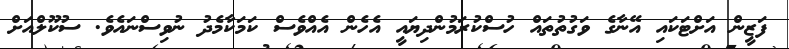
ފަޒީން އަށްޓަކައި އޭނާގެ ވަގުތުތައް ހުސްކުރަމުންދިޔައީ އެހެން އެއްވެސް ކަމަކާމެދު ނުވިސްނައެވެ. ސުކޫލްއަށް